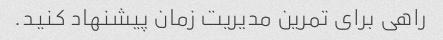
راهی برای تمرین مدیریت زمان پیشنهاد کنید.